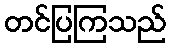
တင်ပြကြသည်